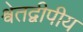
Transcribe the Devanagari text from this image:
श्वेतद्वीपीय